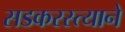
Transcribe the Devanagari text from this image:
सडकरस्त्याने